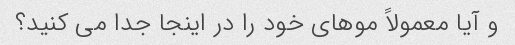
و آیا معمولاً موهای خود را در اینجا جدا می کنید؟